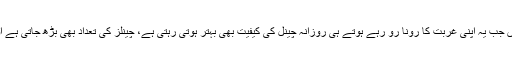
اس لئے کہ عین انہیں ایام میں جب یہ اپنی غربت کا رونا رو رہے ہوتے ہی روزانہ چینل کی کیفیت بھی بہتر ہوتی رہتی ہے، چینلز کی تعداد بھی بڑھ جاتی ہے اور ریسیونگ کا دائرہ بھی‘‘۔